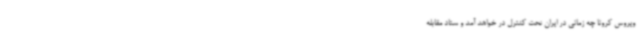
ویروس کرونا چه زمانی در ایران تحت کنترل در خواهد آمد و ستاد مقابله